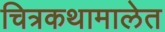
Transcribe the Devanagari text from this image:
चित्रकथामालेत